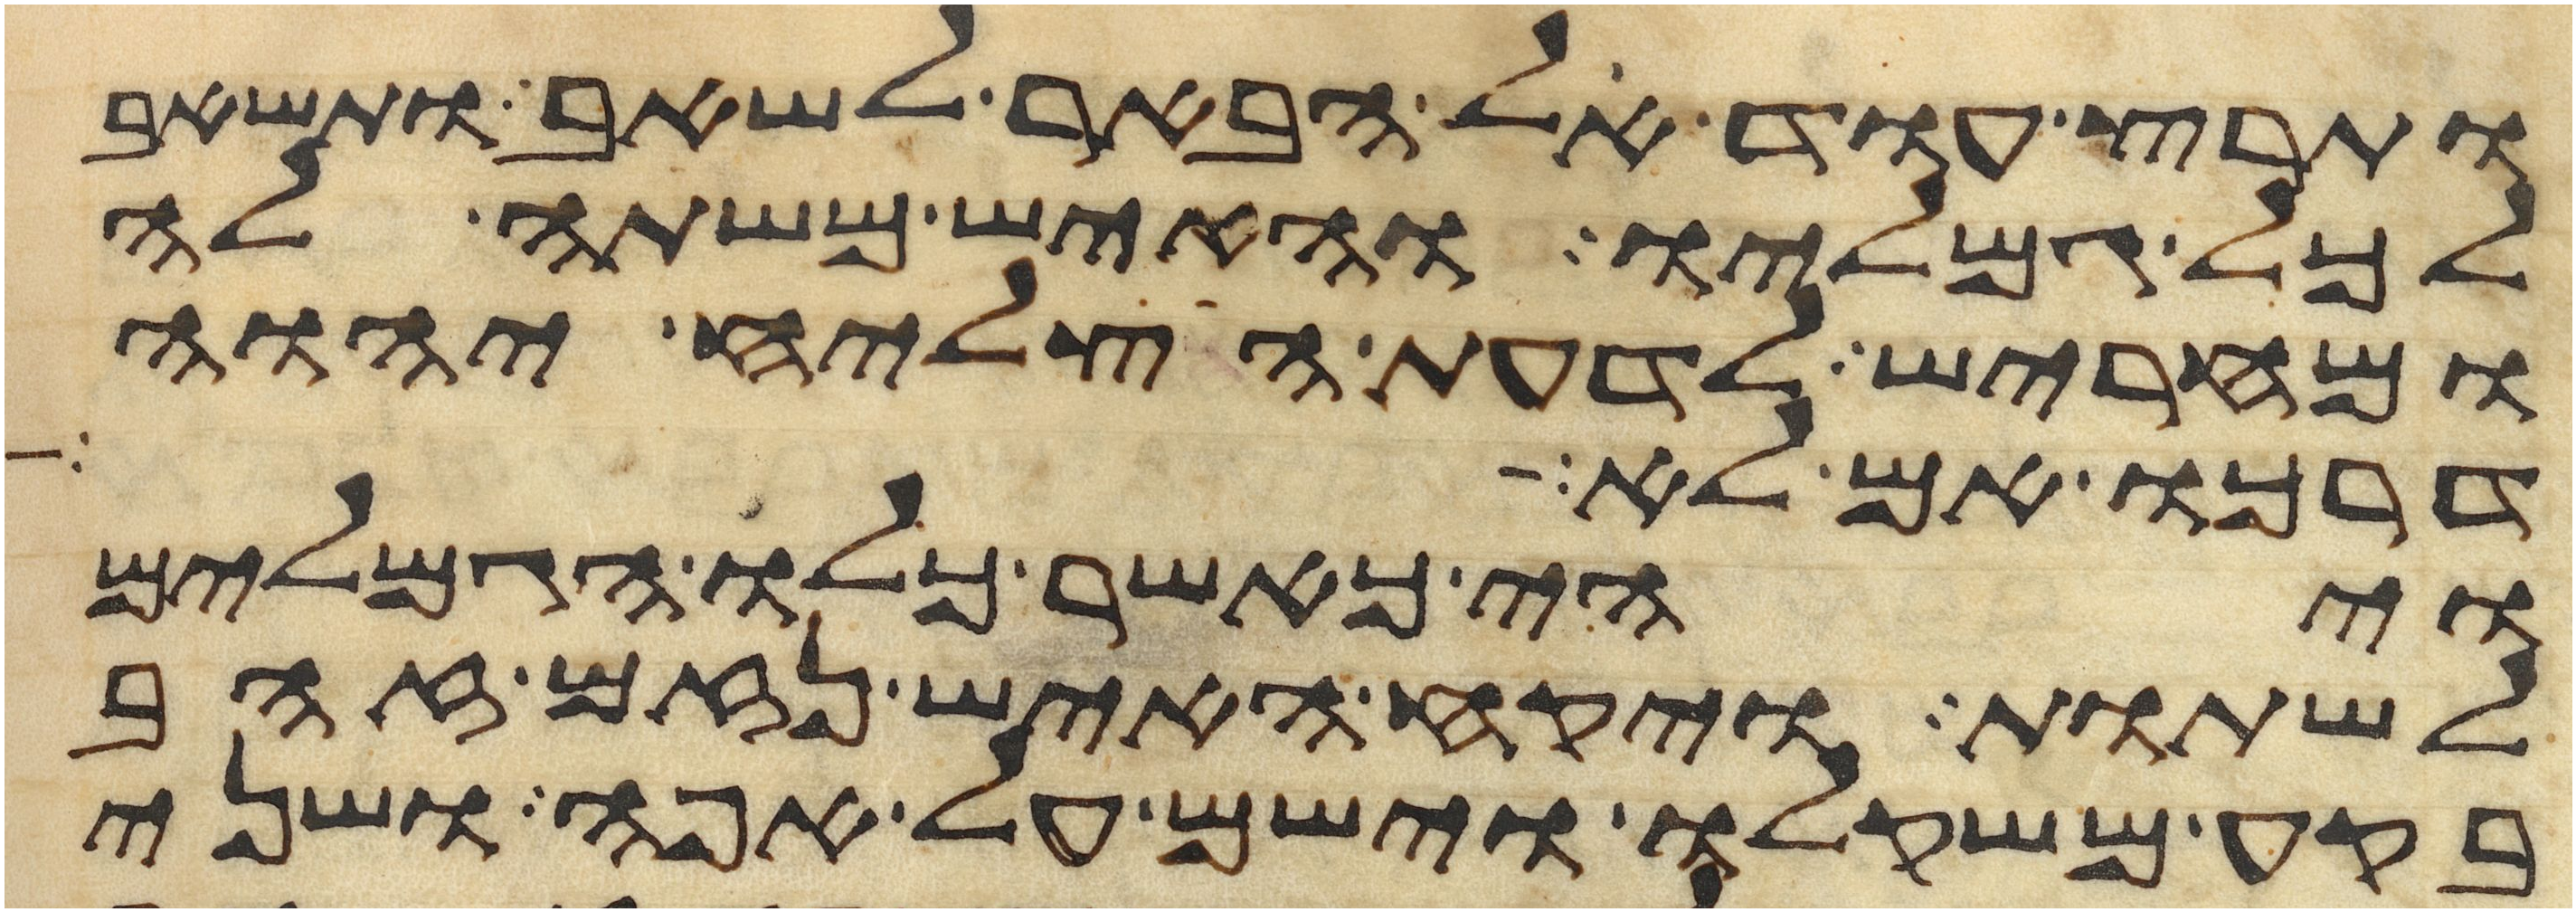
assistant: ותרץ עוד אל הבאר לשאב ותשאב
לכל גמליו והאיש משתה לה
ומחריש לדעת הצליח יהוה
דרכו אם לא
ויהי כאשר כלו הגמלים
לשתות ויקח האיש נזם זהב
בקע משקלו וישם על אפה ושני